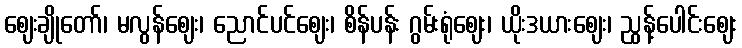
ဈေးချိုတော်၊ မလွန်ဈေး၊ ညောင်ပင်ဈေး၊ စိန်ပန်း ဂွမ်းရုံဈေး၊ ယိုးဒယားဈေး၊ ညွန့်ပေါင်းဈေး